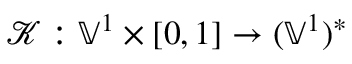
\mathcal { K } : \mathbb { V } ^ { 1 } \times [ 0 , 1 ] \to ( \mathbb { V } ^ { 1 } ) ^ { * }